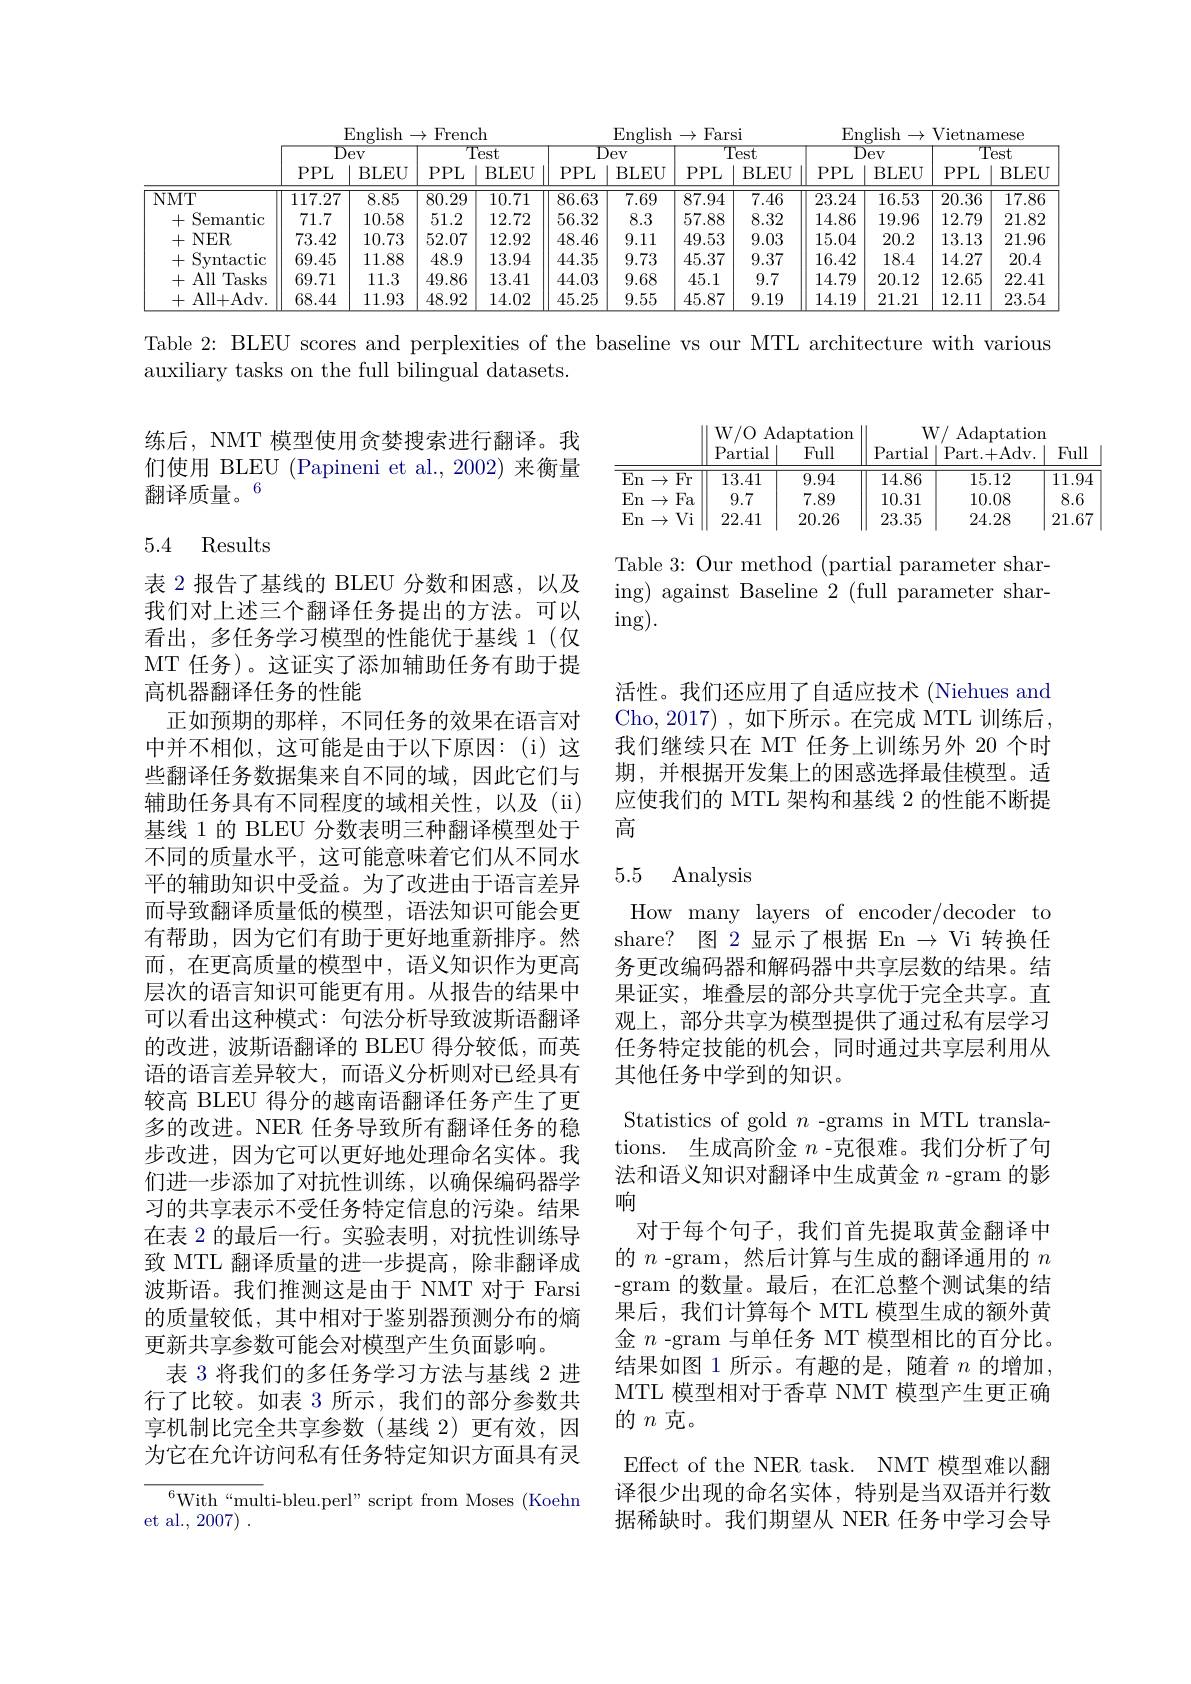
<table>
	<tbody>
		<tr>
			<th> </th>
			<th colspan="4">English$\to$French</th>
			<th colspan="3">$\operatorname{English}\to\operatorname{Farsi}$</th>
			<th>Sl</th>
			<th colspan="4">English$\to$Vietnamese</th>
		</tr>
		<tr>
			<th> </th>
			<th colspan="2">Dev</th>
			<th colspan="2">Test</th>
			<th colspan="2">Dev</th>
			<th colspan="2">Test</th>
			<th colspan="2">Dev</th>
			<th colspan="2">Test</th>
		</tr>
		<tr>
			<th> </th>
			<th>$PPL$</th>
			<th>BLEU</th>
			<th>$PPL$</th>
			<th>BLEU</th>
			<th>$PPL$</th>
			<th>BLEU</th>
			<th>$PPL$</th>
			<th>BLEU</th>
			<th>$PPL$</th>
			<th>BLEU</th>
			<th>$PPL$</th>
			<th>BLEU</th>
		</tr>
		<tr>
			<td>$NMT$</td>
			<td>117.27</td>
			<td>8.85</td>
			<td>80.29</td>
			<td>10.71</td>
			<td>86.63</td>
			<td>7.69</td>
			<td>87.94</td>
			<td>7.46</td>
			<td>23.24</td>
			<td>16.53</td>
			<td>20.36</td>
			<td>17.86</td>
		</tr>
		<tr>
			<td>+ Semantic</td>
			<td>71.7</td>
			<td>10.58</td>
			<td>51.2</td>
			<td>12.72</td>
			<td>56.32</td>
			<td>8.3</td>
			<td>57.88</td>
			<td>8.32</td>
			<td>14.86</td>
			<td>19.96</td>
			<td>12.79</td>
			<td>21.82</td>
		</tr>
		<tr>
			<td>+ $NER$</td>
			<td>73.42</td>
			<td>10.73</td>
			<td>52.07</td>
			<td>12.92</td>
			<td>48.46</td>
			<td>9.11</td>
			<td>49.53</td>
			<td>9.03</td>
			<td>15.04</td>
			<td>20.2</td>
			<td>13.13</td>
			<td>21.96</td>
		</tr>
		<tr>
			<td>Syntactic +</td>
			<td>69.45</td>
			<td>11.88</td>
			<td>48.9</td>
			<td>13.94</td>
			<td>44.35</td>
			<td>9.73</td>
			<td>45.37</td>
			<td>9.37</td>
			<td>16.42</td>
			<td>18.4</td>
			<td>14.27</td>
			<td>20.4</td>
		</tr>
		<tr>
			<td>+ All Tasks ,</td>
			<td>69.71</td>
			<td>11.3</td>
			<td>49.86</td>
			<td>13.41</td>
			<td>44.03</td>
			<td>9.68</td>
			<td>45.1</td>
			<td>9.7</td>
			<td>14.79</td>
			<td>20.12</td>
			<td>12.65</td>
			<td>22.41</td>
		</tr>
		<tr>
			<td>+All+Adv.</td>
			<td>68.44</td>
			<td>11.93</td>
			<td>48.92</td>
			<td>14.02</td>
			<td>45.25</td>
			<td>9.55</td>
			<td>45.87</td>
			<td>9.19</td>
			<td>14.19</td>
			<td>21.21</td>
			<td>12.11</td>
			<td>23.54</td>
		</tr>
	</tbody>
</table>

Table 2: BLEU scores and perplexities of the baseline vs our MTL architecture with various

auxiliary tasks on the full bilingual datasets.

练后，NMT 模型使用贪婪搜索进行翻译。我们使用 BLEU (Papineni et al.,2002) 来衡量翻译质量。6

<table>
	<tbody>
		<tr>
			<th> </th>
			<th>W/ O Ad Partial</th>
			<th>$\operatorname{laptation}$ Full</th>
			<th>$W$ Partial</th>
			<th>Adaptation Part. + Adv. </th>
			<th>Full</th>
		</tr>
		<tr>
			<td>$\overline{{\mathrm{En}}}$ Fr $\rightarrow$</td>
			<td>13.41</td>
			<td>9.94</td>
			<td>14.86</td>
			<td>15.12</td>
			<td>$\overline{11.9}$</td>
		</tr>
		<tr>
			<td>En Fa $\rightarrow$</td>
			<td>9.7</td>
			<td>7.89</td>
			<td>10.31</td>
			<td>10.08</td>
			<td>8.6</td>
		</tr>
		<tr>
			<td>En $Vi$ $\rightarrow$</td>
			<td>22.41</td>
			<td>20.26</td>
			<td>23.35</td>
			<td>24.28</td>
			<td>21.67</td>
		</tr>
	</tbody>
</table>

### 5.4 Results

Table 3: Our method (partial parameter sharing) against Baseline 2 (full parameter shar- $\operatorname{ing}).$

活性。我们还应用了自适应技术 (Niehues and Cho,2017) ,如下所示。在完成 MTL 训练后， 我们继续只在 MT 任务上训练另外 20 个时期，并根据开发集上的困惑选择最佳模型。适应使我们的 MTL 架构和基线 2 的性能不断提高

### 5.5 Analysis

表 2 报告了基线的 BLEU 分数和困惑，以及我们对上述三个翻译任务提出的方法。可以看出，多任务学习模型的性能优于基线 1(仅MT 任务)。这证实了添加辅助任务有助于提高机器翻译任务的性能
正如预期的那样，不同任务的效果在语言对中并不相似，这可能是由于以下原因：(i)这些翻译任务数据集来自不同的域，因此它们与辅助任务具有不同程度的域相关性，以及(ii) 基线 1 的 BLEU 分数表明三种翻译模型处于不同的质量水平，这可能意味着它们从不同水平的辅助知识中受益。为了改进由于语言差异而导致翻译质量低的模型，语法知识可能会更有帮助，因为它们有助于更好地重新排序。然而，在更高质量的模型中，语义知识作为更高层次的语言知识可能更有用。从报告的结果中可以看出这种模式：句法分析导致波斯语翻译的改进，波斯语翻译的 BLEU 得分较低，而英语的语言差异较大，而语义分析则对已经具有较高 BLEU 得分的越南语翻译任务产生了更多的改进。NER 任务导致所有翻译任务的稳步改进，因为它可以更好地处理命名实体。我们进一步添加了对抗性训练，以确保编码器学习的共享表示不受任务特定信息的污染。结果在表 2 的最后一行。实验表明，对抗性训练导致 MTL 翻译质量的进一步提高，除非翻译成波斯语。我们推测这是由于 NMT 对于 Farsi 的质量较低，其中相对于鉴别器预测分布的熵更新共享参数可能会对模型产生负面影响。
表 3 将我们的多任务学习方法与基线 2 进行了比较。如表 3 所示，我们的部分参数共享机制比完全共享参数(基线 2)更有效，因为它在允许访问私有任务特定知识方面具有灵$^{6}$With“multi-bleu.perl”script from Moses(Koehn

How many layers of encoder/decoder to share? 图 2 显示了根据 En $\to$ Vi 转换任务更改编码器和解码器中共享层数的结果。结果证实，堆叠层的部分共享优于完全共享。直观上，部分共享为模型提供了通过私有层学习任务特定技能的机会，同时通过共享层利用从其他任务中学到的知识。
Statistics of gold $n$ -grams in MTL translations. 生成高阶金$n$ -克很难。我们分析了句法和语义知识对翻译中生成黄金$n$ -gram 的影响
对于每个句子，我们首先提取黄金翻译中的$n$ -gram, 然后计算与生成的翻译通用的$n$ -gram 的数量。最后，在汇总整个测试集的结果后，我们计算每个 MTL 模型生成的额外黄金$n$ -gram 与单任务 MT 模型相比的百分比。结果如图 1 所示。有趣的是，随着 $n$ 的增加， MTL 模型相对于香草 NMT 模型产生更正确的$n$克。
Effect of the NER task. NMT 模型难以翻译很少出现的命名实体，特别是当双语并行数据稀缺时。我们期望从 NER 任务中学习会导

et al., 2007) .